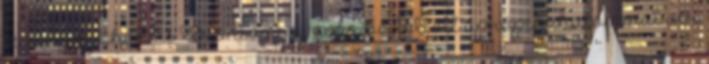
sem, hogy Charles Bronson egy zokniba töltött aprópénzhalommal ver